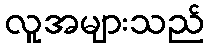
လူအများသည်